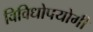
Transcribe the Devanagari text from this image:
विविधोपयोगी